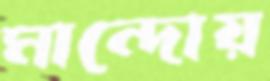
মান্দোয়